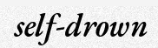
self-drown